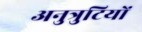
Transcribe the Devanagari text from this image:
अनुत्रुटियों